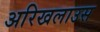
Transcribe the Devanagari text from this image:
अरिखलाउस